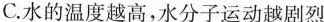
C.水的温度越高，水分子运动越剧烈